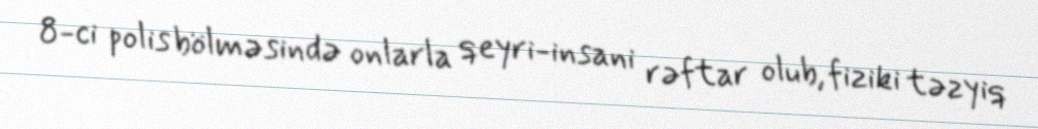
8-ci polis bölməsində onlarla qeyri-insani rəftar olub, fiziki təzyiq